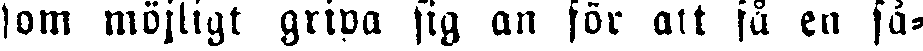
som möjligt gripa sig an för att få en så-